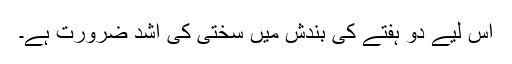
اس لیے دو ہفتے کی بندش میں سختی کی اشد ضرورت ہے۔